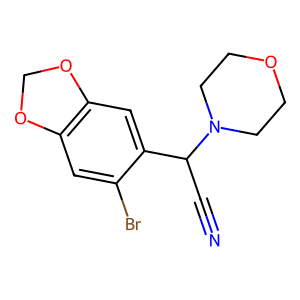
SMILES: N#CC(c1cc2c(cc1Br)OCO2)N1CCOCC1
Inhibits HIV replication: No